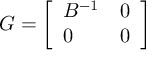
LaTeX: G = { \left[ \begin{array} { l l } { B ^ { - 1 } } & { 0 } \\ { 0 } & { 0 } \end{array} \right] }